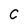
Character: C